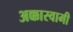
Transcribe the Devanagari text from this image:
अक्कास्वामी